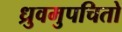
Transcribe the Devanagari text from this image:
ध्रुवमुपचितो